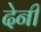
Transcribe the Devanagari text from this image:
देनीं